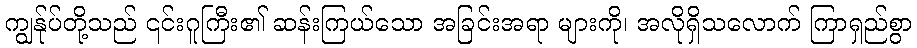
ကျွန်ုပ်တို့သည် ၎င်းဂူကြီး၏ ဆန်းကြယ်သော အခြင်းအရာ များကို၊ အလိုရှိသလောက် ကြာရှည်စွာ